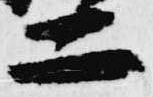
二